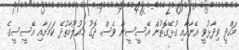
މަހްދީ ވިދާޅުވީ އޭނާއާއި ގުޅޭގޮތުން އޭސީސީން ވެސް ދޮގު މައުލޫމާތުދޭ ކަމަށާއި އޭސީސީގެ